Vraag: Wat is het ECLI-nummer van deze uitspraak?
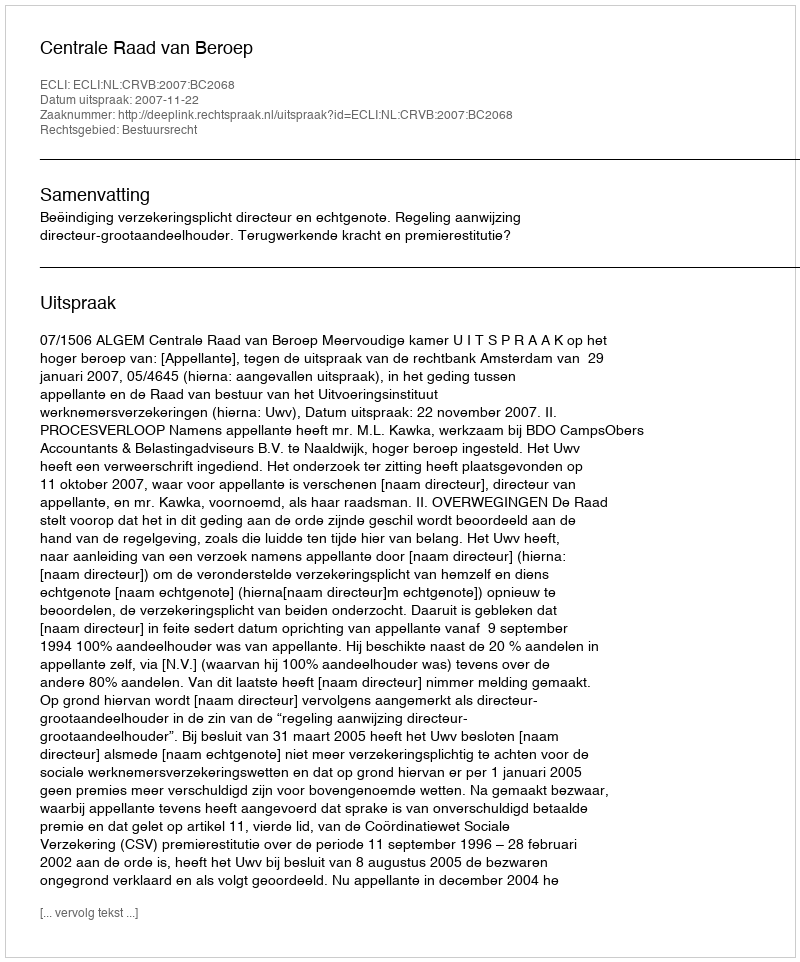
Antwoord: ECLI:NL:CRVB:2007:BC2068